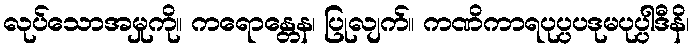
လုပ်သောအမှုကို။ ကရောန္တေန၊ ပြုလျက်။ ကဏိကာရပုပ္ပပဒုမပုပ္ပါဒီနိ၊